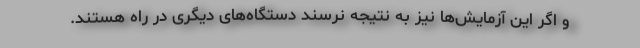
و اگر این آزمایش‌ها نیز به نتیجه نرسند دستگاه‌های دیگری در راه هستند.